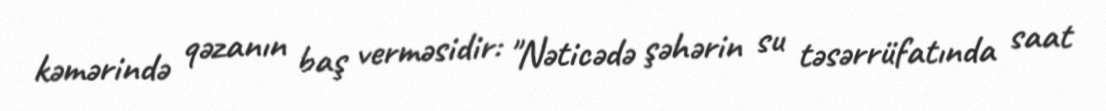
kəmərində qəzanın baş verməsidir: "Nəticədə şəhərin su təsərrüfatında saat